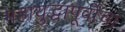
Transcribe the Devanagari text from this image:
महायुद्धापूर्वीचा